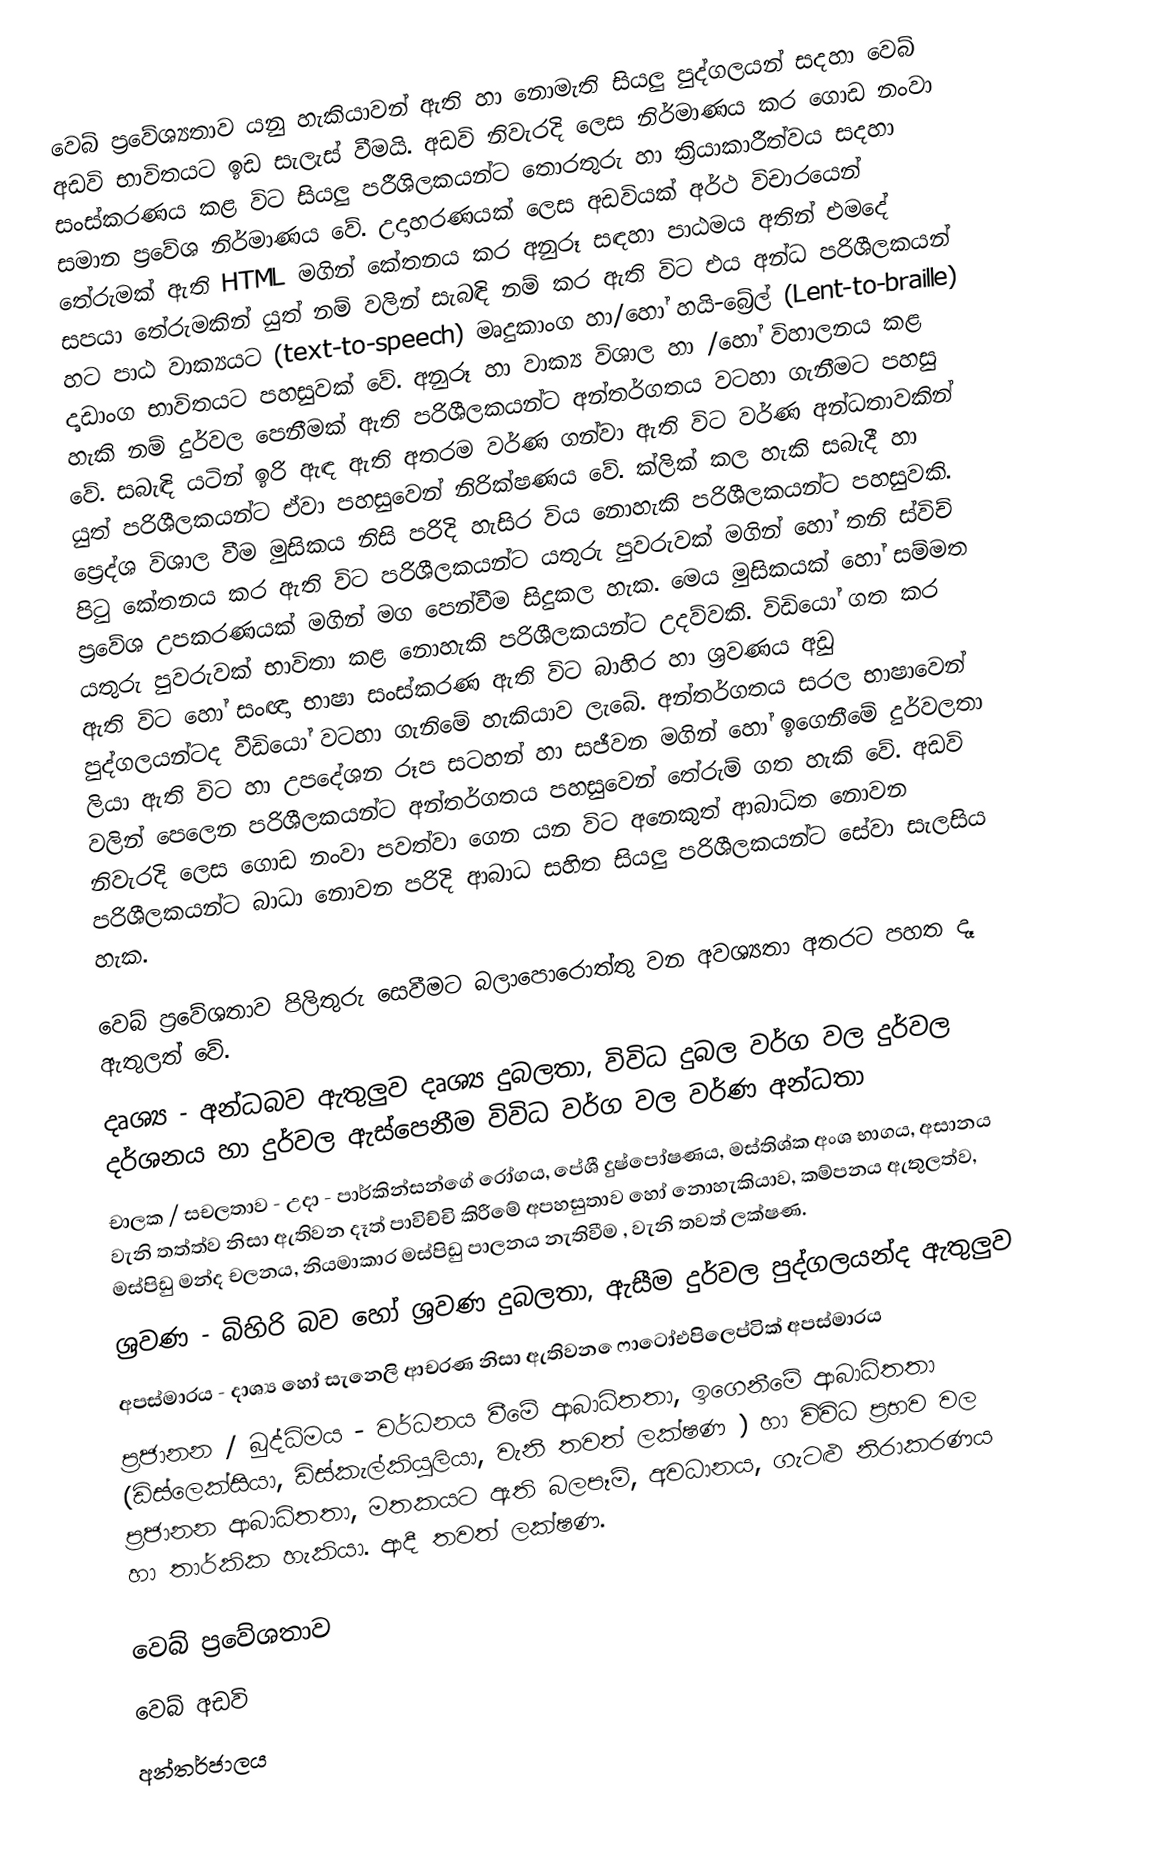
වෙබ් ප්‍රවේශ්‍යතාව යනු හැකියාවන් ඇති හා නොමැති සියලු පුද්ගලයන් සදහා වෙබ් අඩවි භාවිතයට ඉඩ සැලැස් වීමයි. අඩවි නිවැරදි ලෙස නිර්මාණය කර ගොඩ නංවා සංස්කරණය කළ විට සියලු පරීශිලකයන්ට තොරතුරු හා ක්‍රියාකාරීත්වය සදහා සමාන ප්‍රවේශ නිර්මාණය වේ. උදාහරණයක් ලෙස අඩවියක් අර්ථ විචාරයෙන් තේරුමක් ඇති HTML මගින් කේතනය කර අනුරූ සඳහා පාඨමය අතින් එමදේ සපයා තේරුමකින් යුත් නම් වලින් සැබඳි නම් කර ඇති විට එය අන්ධ පරිශීලකයන් හට පාඨ වාක්‍යයට (text-to-speech) මෘදුකාංග හා/හෝ හයි-බ්‍රේල් (Lent-to-braille) දෘඩාංග භාවිතයට පහසුවක් වේ. අනුරූ හා වාක්‍ය විශාල හා /හෝ විහාලනය කළ හැකි නම් දුර්වල පෙනීමක් ඇති පරිශීලකයන්ට අන්තර්ගතය වටහා ගැනීමට පහසු වේ. සබැඳි යටින් ඉරි ඇඳ ඇති අතරම වර්ණ ගන්වා ඇති විට වර්ණ අන්ධතාවකින් යුත් පරිශීලකයන්ට ඒවා පහසුවෙන් නිරික්ෂණය වේ. ක්ලික් කල හැකි සබැදී හා ප්‍ර‍ෙද්ශ විශාල වීම මුසිකය නිසි පරිදි හැසිර විය නොහැකි පරිශීලකයන්ට පහසුවකි. පිටු කේතනය කර ඇති විට පරිශීලකයන්ට යතුරු පුවරුවක් මගින් හෝ තනි ස්විච් ප්‍රවේශ උපකරණයක් මගින් මග පෙන්වීම සිදුකල හැක. මෙය මුසිකයක් හෝ සම්මත යතුරු පුවරුවක් භාවිතා කළ නොහැකි පරිශීලකයන්ට උදව්වකි. විඩියෝ  ගත කර ඇති විට හෝ සංඥා භාෂා සංස්කරණ ඇති විට බාහිර හා ශ්‍රවණය අඩු පුද්ගලයන්ටද වීඩියෝ වටහා ගැනිමේ හැකියාව ලැබේ. අන්තර්ගතය සරල භාෂාවෙන් ලියා ඇති විට හා උපදේශන රූප සටහන් හා සජීවන මගින් හෝ ඉගෙනීමේ දුර්වලතා වලින් පෙලෙන පරිශීලකයන්ට අන්තර්ගතය පහසුවෙන් තේරුම් ගත හැකි වේ. අඩවි නිවැරදි ලෙස ගොඩ නංවා පවත්වා ගෙන යන විට අනෙකුත් ආබාධිත නොවන පරිශීලකයන්ට බාධා නොවන පරිදි ආබාධ සහිත සියලු පරිශීලකයන්ට සේවා සැලසිය හැක.

වෙබ් ප්‍රවේශතාව පිලිතුරු සෙවීමට බලාපොරොත්තු වන අවශ්‍යතා අතරට පහත දෑ ඇතුලත් වේ.
දෘශ්‍ය - අන්ධබව ඇතුලුව දෘශ්‍ය දුබලතා, විවිධ දුබල වර්ග වල දුර්වල දර්ශනය හා දුර්වල ඇස්පෙනීම විවිධ වර්ග වල වර්ණ අන්ධතා
චාලක / සචලතාව - උදා - පාර්කින්සන්ගේ රෝගය, පේශී දුෂ්පෝෂණය, මස්තිශ්ක අංශ භාගය, අසානය වැනි තත්ත්ව නිසා ඇතිවන දෑත් පාවිච්චි කිරීමේ අපහසුතාව හෝ නොහැකියාව, කම්පනය ඇතුලත්ව, මස්පිඩු මන්ද චලනය, නියමාකාර මස්පිඩු පාලනය නැතිවීම , වැනි තවත් ලක්ෂණ.
ශ්‍රවණ - බිහිරි බව හෝ ශ්‍රවණ දුබලතා, ඇසීම දුර්වල පුද්ගලයන්ද ඇතුලුව
අපස්මාරය - දාශ්‍ය හෝ සැනෙලි ආචරණ නිසා ඇතිවන ‍ෙෆාටෝඑපිලෙප්ටික් අපස්මාරය
ප්‍රජානන / බුද්ධිමය - වර්ධනය වීමේ ආබාධිතතා, ඉගෙනීමේ ආබාධිතතා (ඩිස්ලෙක්සියා, ඩිස්කැල්කියුලියා, වැනි තවත් ලක්ෂණ ) හා විවිධ ප්‍රභව වල ප්‍රජානන ආබාධිතතා, මතකයට ඇති බලපෑම්, අවධානය, ගැටළු නිරාකරණය හා තාර්කික හැකියා. ආදී තවත් ලක්ෂණ.

වෙබ් ප්‍රවේශතාව
වෙබ් අඩවි
අන්තර්ජාලය